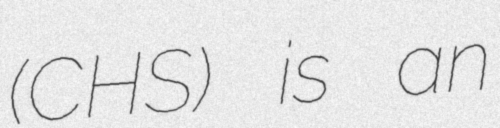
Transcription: (CHS) is an